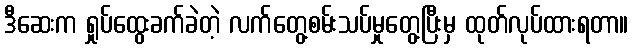
ဒီဆေးက ရှုပ်ထွေးခက်ခဲတဲ့ လက်တွေ့စမ်းသပ်မှုတွေ့ပြီးမှ ထုတ်လုပ်ထားရတာ။